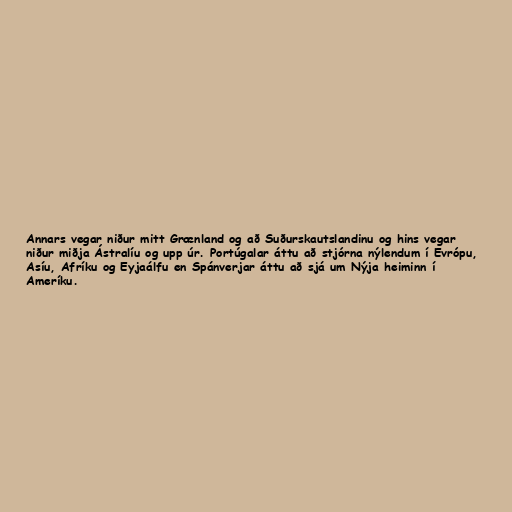
Annars vegar niður mitt Grænland og að Suðurskautslandinu og hins vegar
niður miðja Ástralíu og upp úr. Portúgalar áttu að stjórna nýlendum í Evrópu,
Asíu, Afríku og Eyjaálfu en Spánverjar áttu að sjá um Nýja heiminn í
Ameríku.